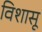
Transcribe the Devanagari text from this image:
विशासू